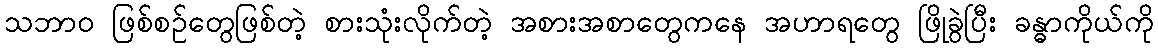
သဘာ၀ ဖြစ်စဉ်တွေဖြစ်တဲ့ စားသုံးလိုက်တဲ့ အစားအစာတွေကနေ အဟာရတွေ ဖြိုခွဲပြီး ခန္ဓာကိုယ်ကို